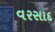
વરસાદ